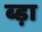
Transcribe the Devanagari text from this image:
ब्ड़ा